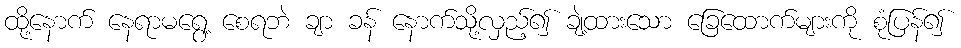
ထို့နောက် နေရာမရွေ့ စေရဘဲ ချာ ခန် နောက်သို့လှည့်၍ ချဲ့ထားသော ခြေထောက်များကို စုံပြန်၍